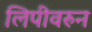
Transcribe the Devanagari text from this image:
लिपीवरुन